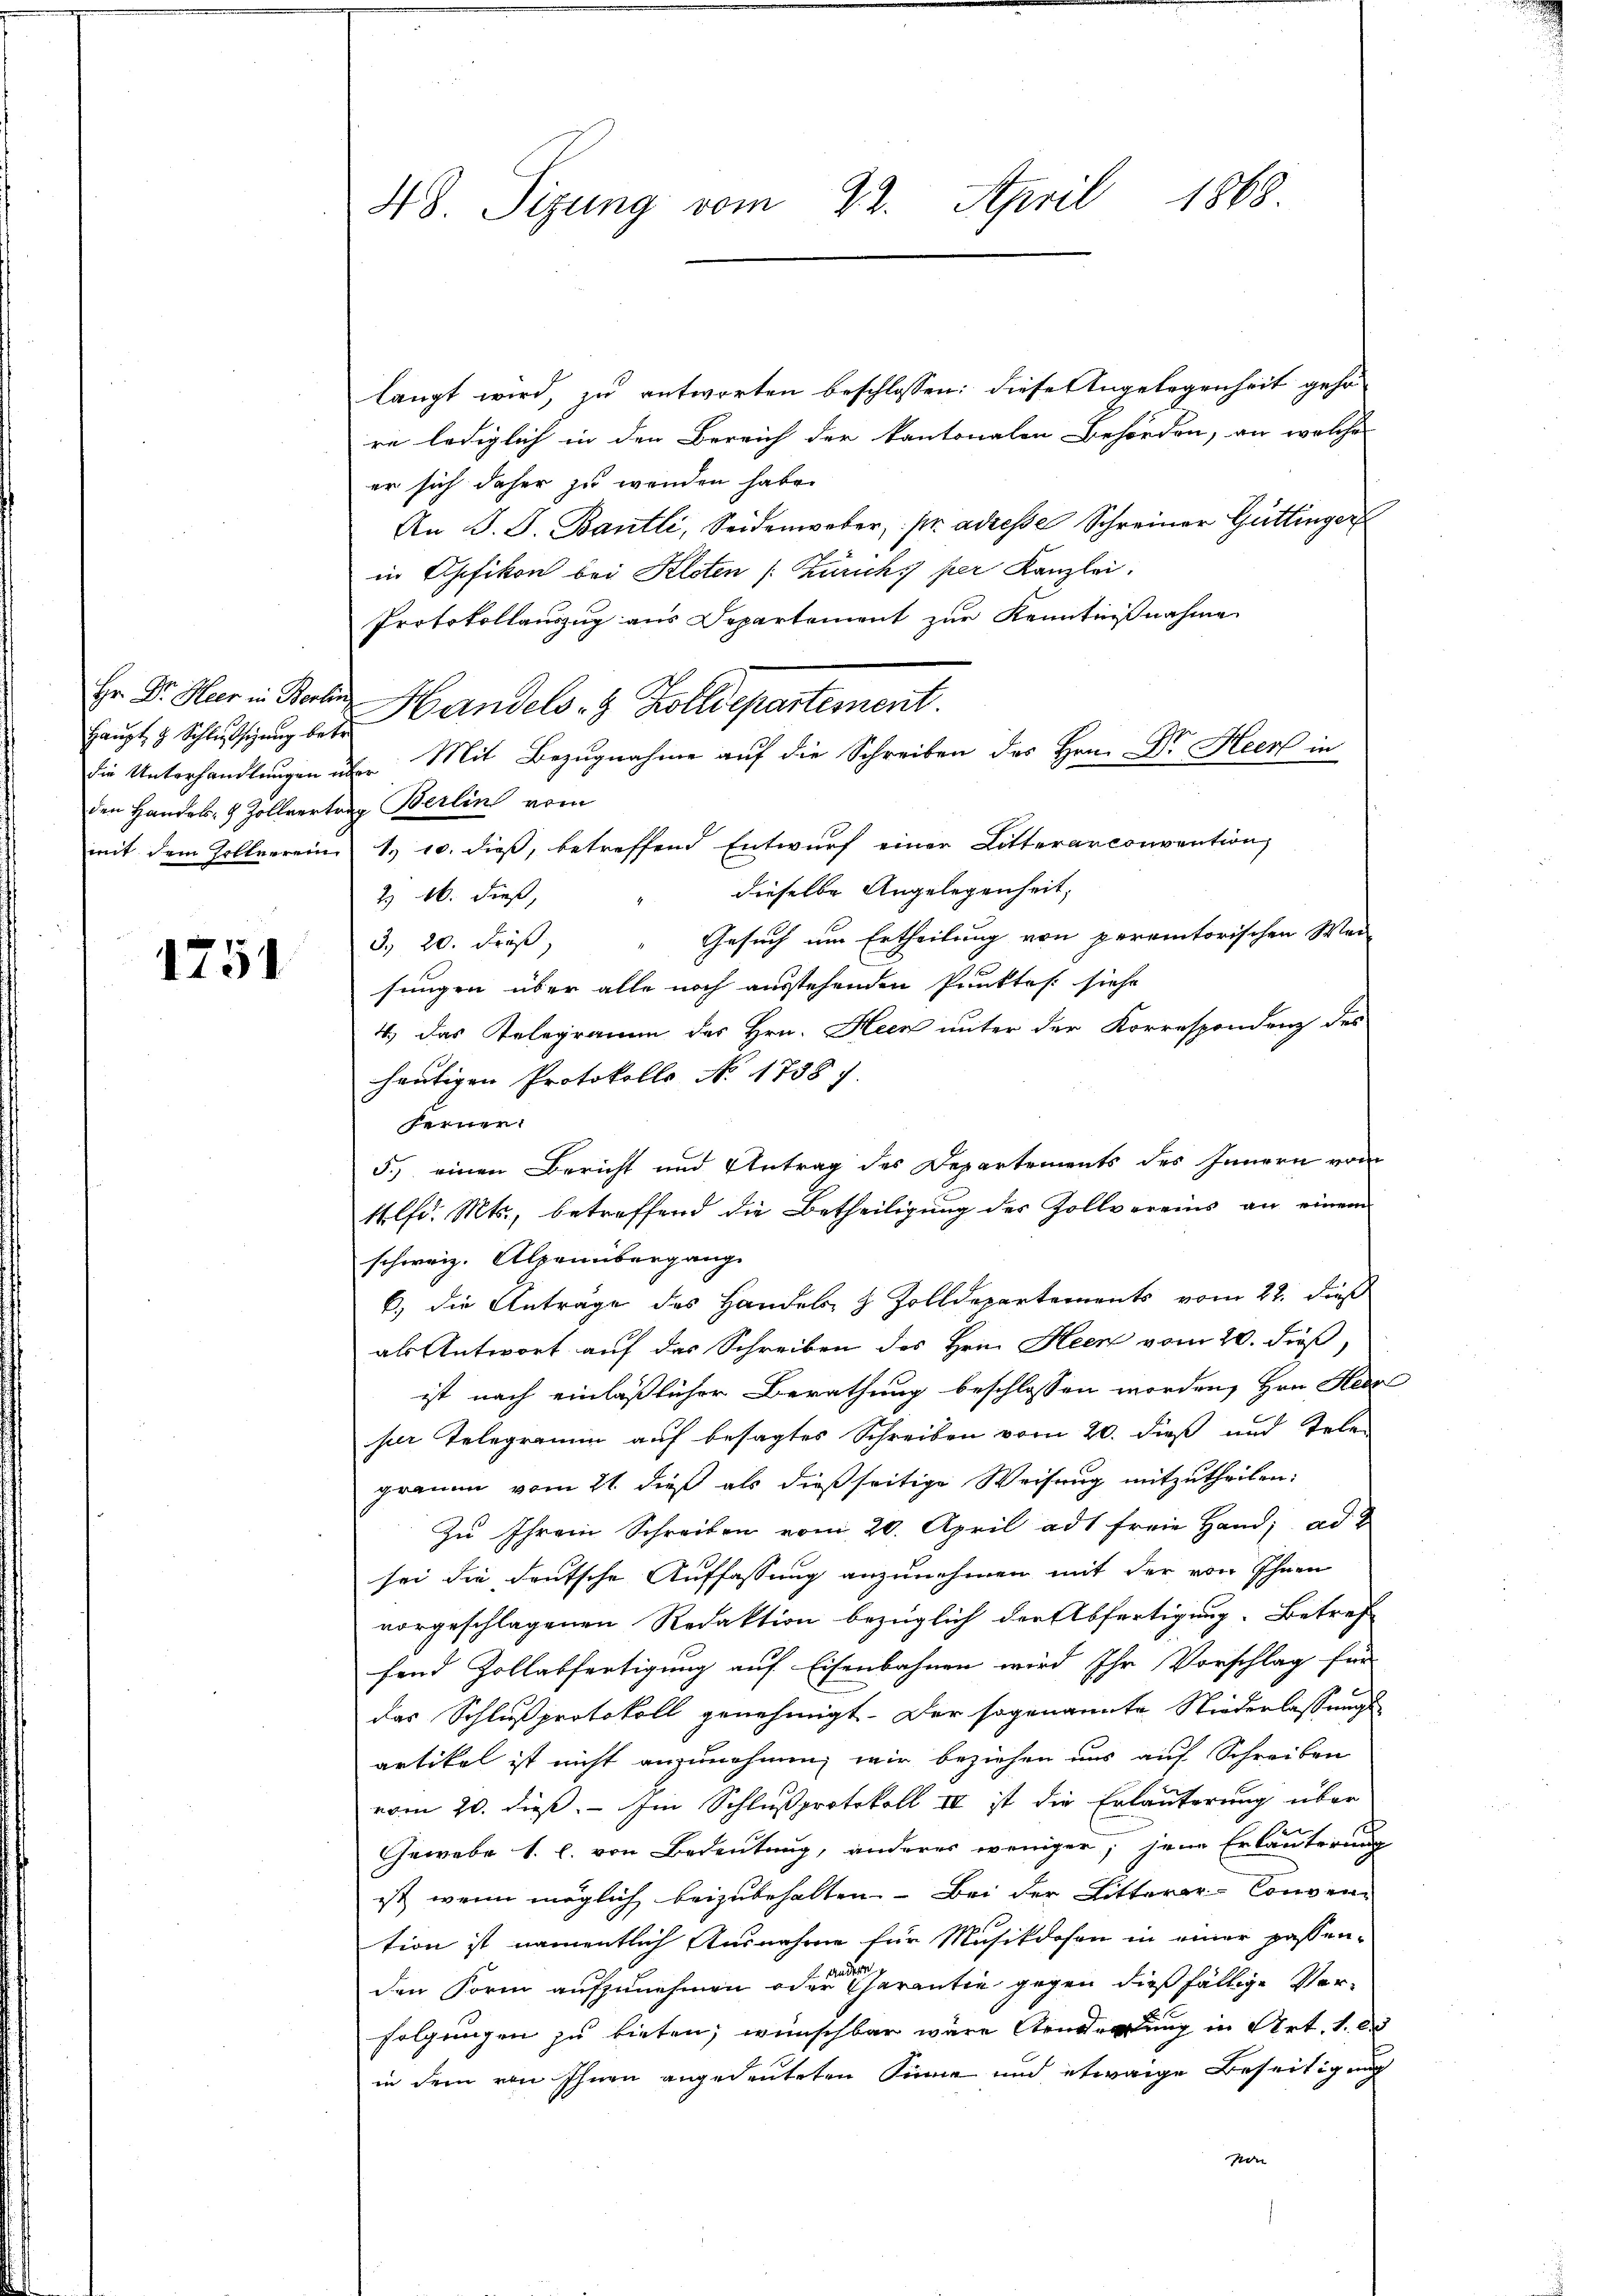
Haupt d. Schlüssigung betr
den Handels- & Zollvertrag Berlin vom

1751

1819
48. Sizung vom 22. April

langt wird, zu antworten beschlossen: diese Angelegenheit geho
re lediglich in den Bereich der kantonalen Behörden, an welche
er sich daher zu wenden habe.
An J. J. Bantli, Seidenweber, pr adresse Schreiner Gattinger
in Ahfikon bei Kloten /: Zürich per Kanzlei.
Protokollauszug aus Departement zur Kenntnißnahme
Hr. Dr. Har in Parten Handels- & Zolldepartement.
Die Unterhandlungen u. Mit Bezugnahme auf die Schreiben des Hrn. Dr. Heer in
mit dem Zollverein 1. 10. dieß, betreffend Entwurf einer Litterarconvention,
dieselbe Angelegenheit,
2. 16. dieß,
Gesuch um Ertheilung von peremtorischen Wei
3. 20. Fräß,
sungen über alle noch ausstehenden Punktes siehe
4.) Das Telegramm des Hrn. Heck unter der Korrespondenz des
heutigen Protokolls No. 1738 f.
seiner
5.) einen Bericht und Antrag des Departements des Innern vom
1 lfd. Mts., betreffend die Betheiligung des Zollvereins an einem
schweiz. Alpenübergang
6) die Anträge des Handeln & Zolldepartements vom 22. dieß
als Antwort auf das Schreiben des Hrn. Heen vom 20. dieß,
ist nach einläßlicher Berathung beschlossen worden, Hrn. Hed
ser Telegramm auf besagtes Schreiben vom 20. dieß und Sele-
graum vom 21. dieß als dießseitige Weisung mitzutheilen:
Zu Ihrem Schreiben vom 20. April ad1 freie Hand; ad 2
sei die deutsche Auffassung anzunehmen mit der von Ihnen
vorgeschlagenen Redaktion bezüglich der Abfertigung. Betref
fend Zollabfertigung auf Eisenbahnen wird Ihr Vorschlag für
das Schlußprotokoll genehmigt. Der sogenannte Niederlassungsartikel ist nicht anzunehmen, wir beziehen uns auf Schreiben
vom 20. dieß. – Im Schlussprotokoll II ist die Erläuterung über
Gewebe 1. l. von Bedeutung, anderes weniger, jene Erläuterung
ist, wenn möglich beizubehalten. — Bei der Ritterer-Conven-
tion ist namentlich Ausnahme für Musikdosen in einer passen-
den Form aufzunehmen oder Charantie gegen dießfällige Verfolgungen zu bieten; wünschbar wäre Aenderung in Art. 1. 2
in dem von Ihnen angedeuteten Sinne und etwaige Beseitigung
pori